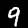
Label: 9